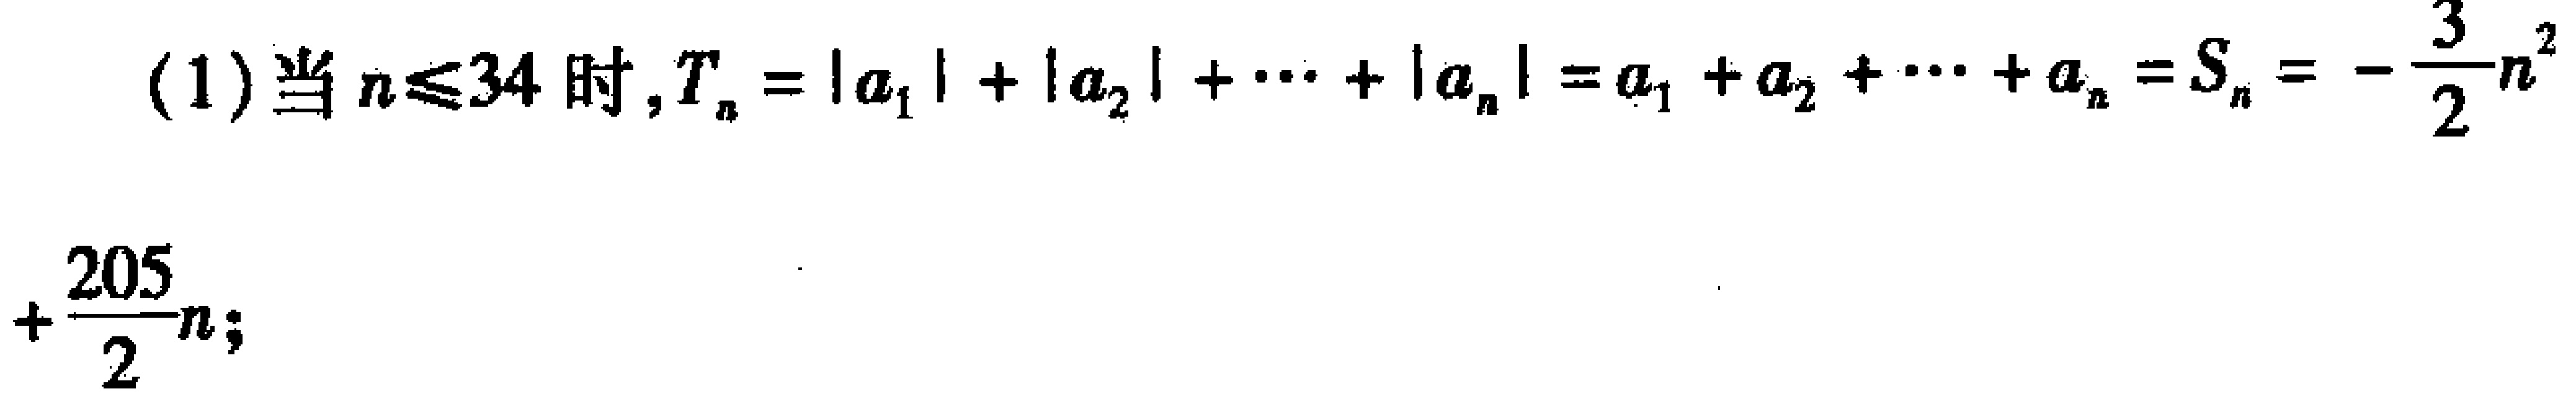
(1)当\(n\leqslant34\)时，\(T_{n}=|a_{1}| + |a_{2}| + \cdots + |a_{n}| = a_{1} + a_{2} + \cdots + a_{n} = S_{n}=-\frac{3}{2}n^{2}+\frac{205}{2}n\)；